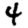
Digit: 4